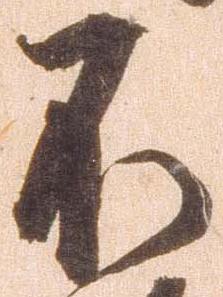
不